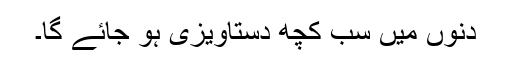
دنوں میں سب کچھ دستاویزی ہو جائے گا۔